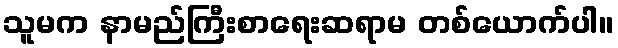
သူမက နာမည်ကြီးစာရေးဆရာမ တစ်ယောက်ပါ။